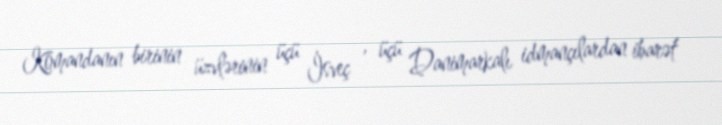
Komandanın birinin üzvlərinin üçü İsveç , üçü Danimarkalı idmançılardan ibarət